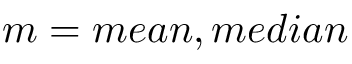
m = { m e a n , m e d i a n }